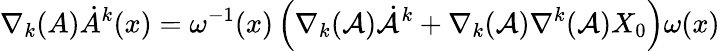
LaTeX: \nabla_{k}(A)\dot{A}^{k}(x)=\omega^{-1}(x)\left(\nabla_{k}({\cal A}){\dot{\cal A}}^{k}+\nabla_{k}({\cal A})\nabla^{k}({\cal A})X_{0}\right)\omega(x)